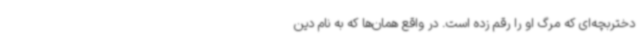
دختربچه‌ای که مرگ او را رقم زده است. در واقع همان‌ها که به نام دین